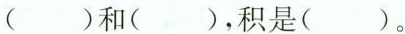
( )和( )，积是( )。